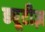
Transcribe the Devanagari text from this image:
ड्यूटीज़